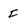
Character: F